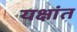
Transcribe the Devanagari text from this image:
यक्षांत